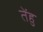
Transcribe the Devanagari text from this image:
तेंहु